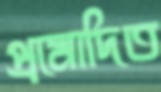
প্রমোদিত